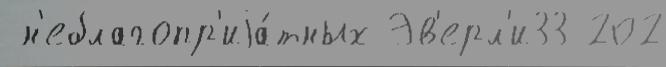
 н'еблагопр'иjа́тных Эв'ерл'и33 202